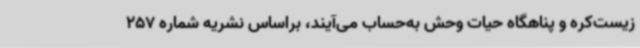
زیست‌کره و پناهگاه حیات ‌وحش به‌حساب می‌آیند، براساس نشریه شماره 257